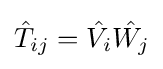
{\hat {T}}_{ij}={\hat {V_{i}}}{\hat {W_{j}}}